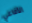
الأفاعي